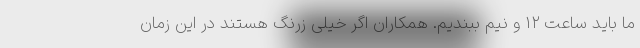
ما باید ساعت ۱۲ و نیم ببندیم. همکاران اگر خیلی زرنگ هستند در این زمان